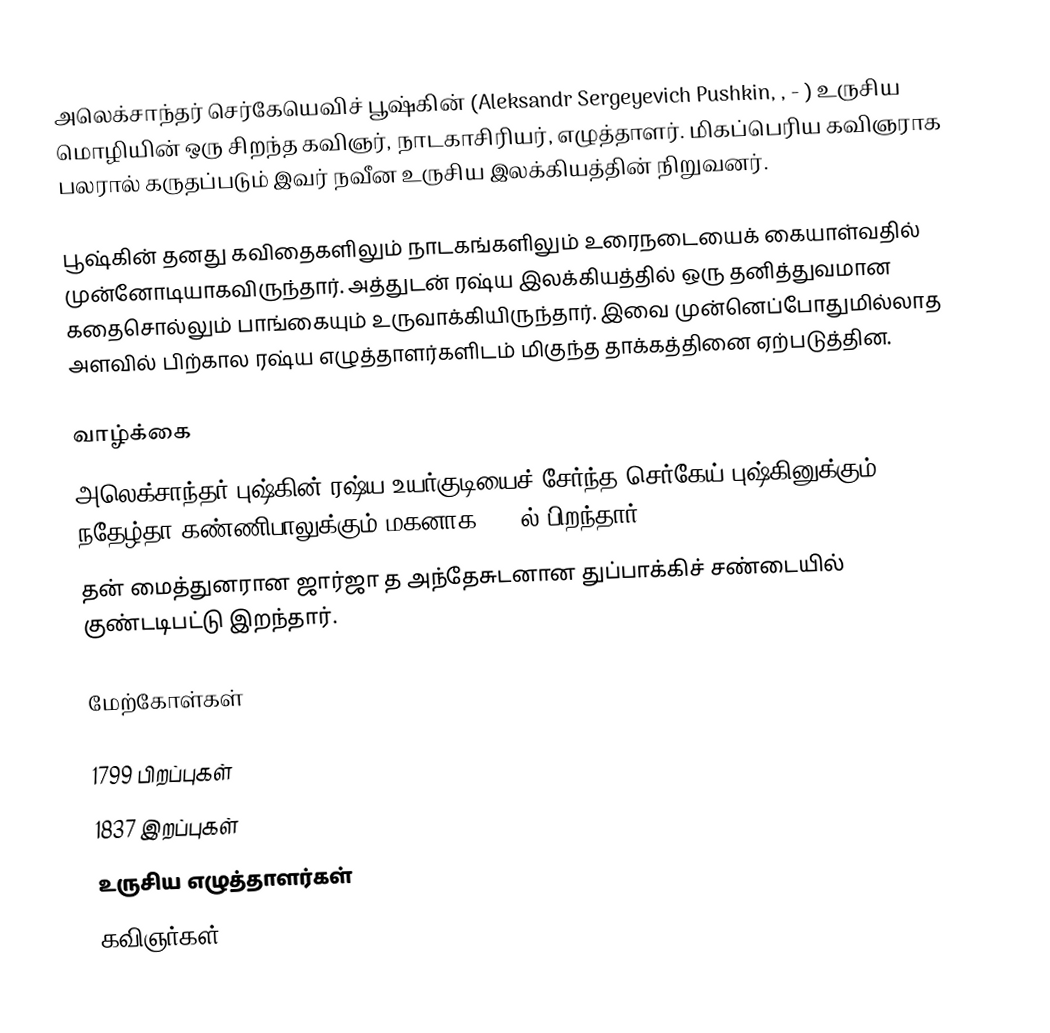
அலெக்சாந்தர் செர்கேயெவிச் பூஷ்கின் (Aleksandr Sergeyevich Pushkin, ,  - ) உருசிய மொழியின் ஒரு சிறந்த கவிஞர், நாடகாசிரியர், எழுத்தாளர். மிகப்பெரிய கவிஞராக பலரால் கருதப்படும் இவர் நவீன உருசிய இலக்கியத்தின் நிறுவனர்.

பூஷ்கின் தனது கவிதைகளிலும் நாடகங்களிலும் உரைநடையைக் கையாள்வதில் முன்னோடியாகவிருந்தார். அத்துடன் ரஷ்ய இலக்கியத்தில் ஒரு தனித்துவமான கதைசொல்லும் பாங்கையும் உருவாக்கியிருந்தார். இவை முன்னெப்போதுமில்லாத அளவில் பிற்கால ரஷ்ய எழுத்தாளர்களிடம் மிகுந்த தாக்கத்தினை ஏற்படுத்தின.

வாழ்க்கை
அலெக்சாந்தர் புஷ்கின் ரஷ்ய உயர்குடியைச் சேர்ந்த செர்கேய் புஷ்கினுக்கும் நதேழ்தா கண்ணிபாலுக்கும் மகனாக 1799ல் பிறந்தார்.
தன் மைத்துனரான ஜார்ஜா த அந்தேசுடனான துப்பாக்கிச் சண்டையில் குண்டடிபட்டு இறந்தார்.

மேற்கோள்கள்

1799 பிறப்புகள்
1837 இறப்புகள்
உருசிய எழுத்தாளர்கள்
கவிஞர்கள்